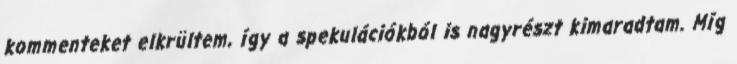
kommenteket elkrültem, így a spekulációkból is nagyrészt kimaradtam. Míg